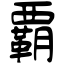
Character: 覇